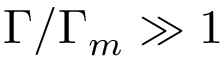
\Gamma / \Gamma _ { m } \gg 1